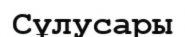
Сұлусары